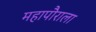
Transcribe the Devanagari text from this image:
महापौराला